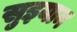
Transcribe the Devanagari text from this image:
सुइयान